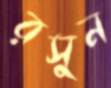
রসুন